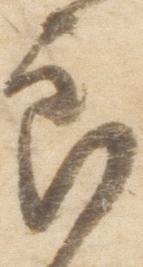
郎